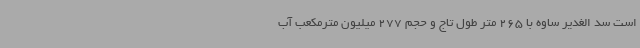
است سد الغدیر ساوه با 265 متر طول تاج و حجم 277 میلیون مترمکعب آب